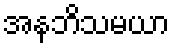
အနဘိသမယာ